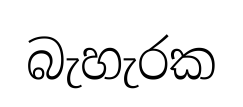
බැහැරක